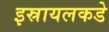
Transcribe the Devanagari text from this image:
इस्रायलकडे